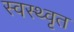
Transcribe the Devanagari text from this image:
स्वस्थ्वृत